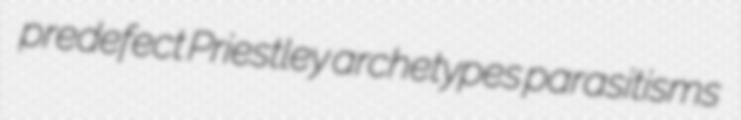
predefect Priestley archetypes parasitisms